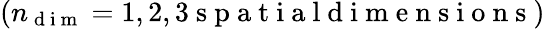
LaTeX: (n_{\mathrm{~d~i~m~}}=1,2,3\mathrm{~s~p~a~t~i~a~l~d~i~m~e~n~s~i~o~n~s~})